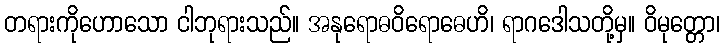
တရားကိုဟောသော ငါဘုရားသည်။ အနုရောဓဝိရောဓေဟိ၊ ရာဂဒေါသတို့မှ။ ဝိမုတ္တော၊